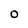
Character: o